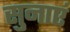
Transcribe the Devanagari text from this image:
सुनाएं